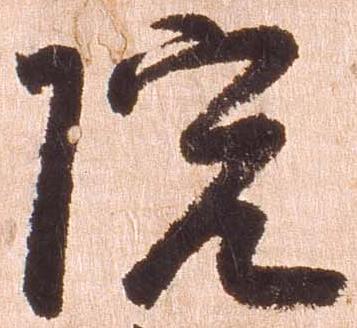
院